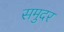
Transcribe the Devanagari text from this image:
समुदर